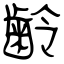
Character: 齢